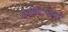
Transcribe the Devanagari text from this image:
काव्योदयकर्ते